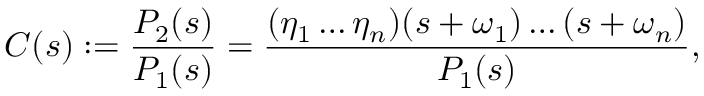
C ( s ) : = \frac { P _ { 2 } ( s ) } { P _ { 1 } ( s ) } = \frac { ( \eta _ { 1 } \ldots \eta _ { n } ) ( s + \omega _ { 1 } ) \ldots ( s + \omega _ { n } ) } { P _ { 1 } ( s ) } ,